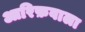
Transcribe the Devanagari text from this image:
आरिफ़वाला